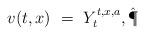
LaTeX: \begin{align*}v(t,x) \ = \ Y_t^{t,x,a}, \hat\P\end{align*}